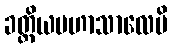
ခတ္တိယမဟာသာလေပိ